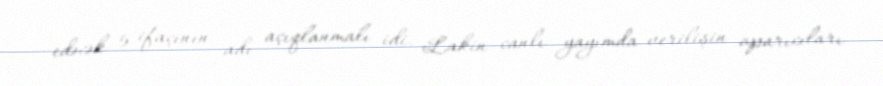
edəcək 5 ifaçının adı açıqlanmalı idi. Lakin canlı yayımda verilişin aparıcıları